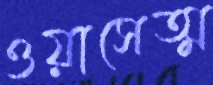
ওয়াসেত্ম